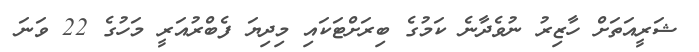
ޝަރީއަތަށް ހާޒިރު ނުވެދާނެ ކަމުގެ ބިރަށްޓަކައި މިދިޔަ ފެބްރުއަރީ މަހުގެ 22 ވަނަ